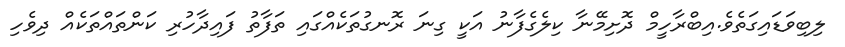
ލިބިވަޑައިގަތެވެ.އިބްރާހީމް ދޮށިމޭނާ ކިލެގެފާނު އަކީ ގިނަ ރޮނގުތަކެއްގައި ތަފާތު ފައިދާހުރި ކަންތައްތަކެއް ދިވެހި